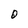
Character: 0